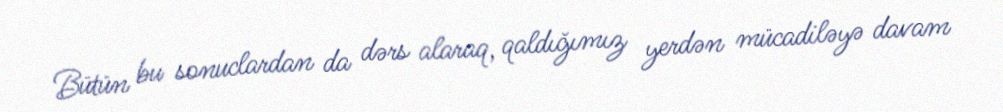
Bütün bu sonuclardan da dərs alaraq, qaldığımız yerdən mücadiləyə davam